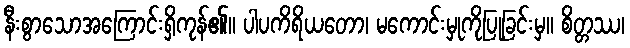
နီးစွာသောအကြောင်းရှိကုန်၏။ ပါပကိရိယတော၊ မကောင်းမှုကိုပြုခြင်းမှ။ စိတ္တဿ၊